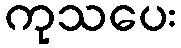
ကုသပေး